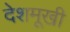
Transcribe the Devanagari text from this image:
देशमूखी